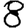
Digit: 8